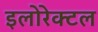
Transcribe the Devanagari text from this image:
इलोरेक्टल